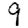
Digit: 9